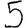
Digit: 5